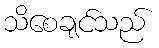
သိစေချင်သည်